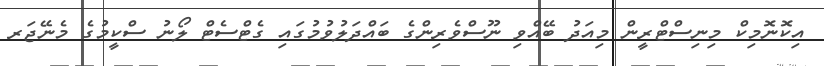
އިކޮނޮމިކް މިނިސްޓްރީން މިއަދު ބޭއްވި ނޫސްވެރިންގެ ބައްދަލުވުމުގައި ގެޓްސެޓް ލޯނު ސްކީމުގެ މެނޭޖަރ